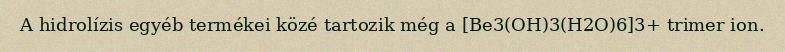
A hidrolízis egyéb termékei közé tartozik még a [Be3(OH)3(H2O)6]3+ trimer ion.